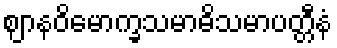
ဈာနဝိမောက္ခသမာဓိသမာပတ္တီနံ